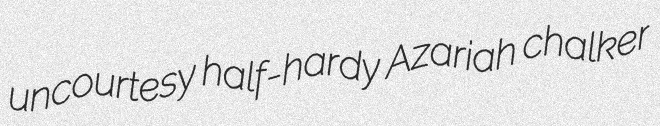
uncourtesy half-hardy Azariah chalker